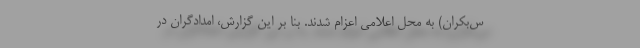
س‌بکران) به محل اعلامی اعزام شدند. بنا بر این گزارش، امدادگران در